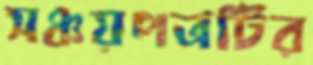
সঞ্চয়পত্রটির